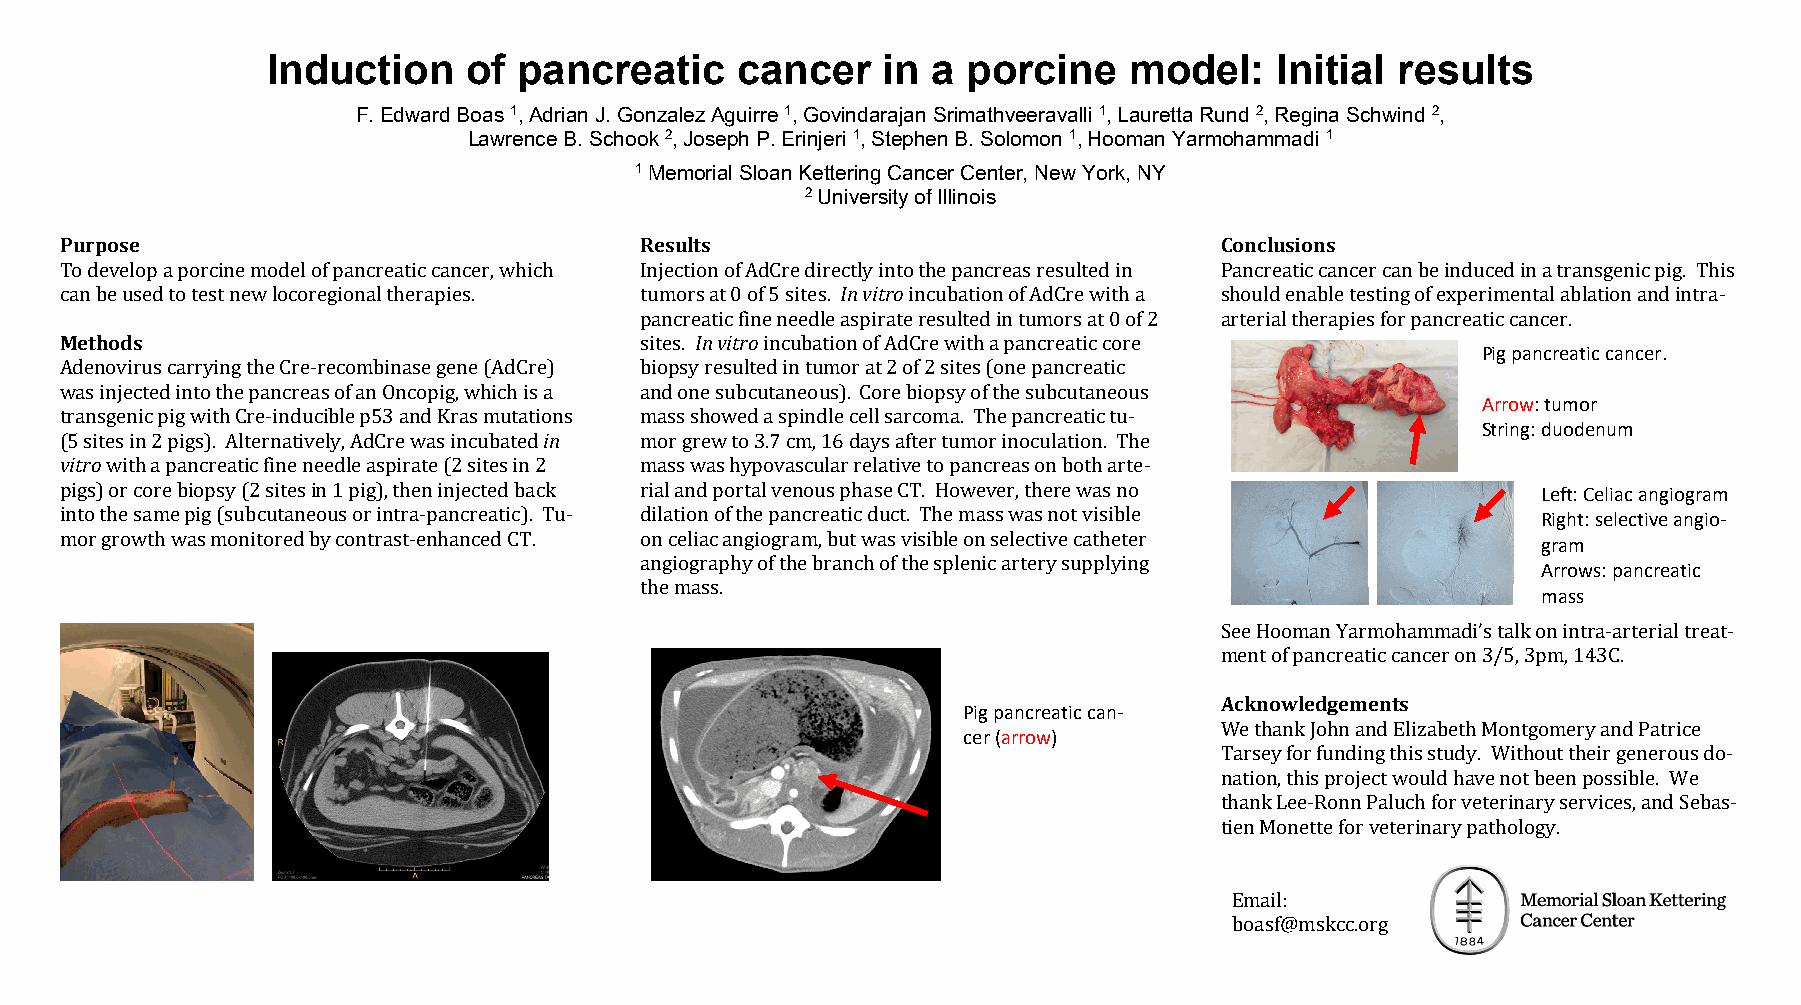
Induction    of pancreatic     cancer   in  a porcine    model:   Initial results
 F. Edward Boas 1, Adrian J. Gonzalez Aguirre 1, Govindarajan Srimathveeravalli 1, Lauretta Rund 2, Regina Schwind 2,
 Lawrence B. Schook 2, Joseph P. Erinjeri 1, Stephen B. Solomon 1, Hooman Yarmohammadi 1
 1 Memorial Sloan Kettering Cancer Center, New York, NY
 2 University of Illinois
 Purpose                               Results                                Conclusions
 To develop a porcine model of pancreatic cancer, which Injection of AdCre directly into the pancreas resulted in Pancreatic cancer can be induced in a transgenic pig. This
 can be used to test new locoregional therapies. tumors at 0 of 5 sites. In vitro incubation of AdCre with a should enable testing of experimental ablation and intra‐
 pancreatic fine needle aspirate resulted in tumors at 0 of 2 arterial therapies for pancreatic cancer.
 Methods                               sites. In vitro incubation of AdCre with a pancreatic core
 Pig pancreatic cancer.
 Adenovirus carrying the Cre‐recombinase gene (AdCre) biopsy resulted in tumor at 2 of 2 sites (one pancreatic
 was injected into the pancreas of an Oncopig, which is a and one subcutaneous). Core biopsy of the subcutaneous
 Arrow: tumor
 transgenic pig with Cre‐inducible p53 and Kras mutations mass showed a spindle cell sarcoma. The pancreatic tu‐
 String: duodenum
 (5 sites in 2 pigs). Alternatively, AdCre was incubated in mor grew to 3.7 cm, 16 days after tumor inoculation. The
 vitro with a pancreatic fine needle aspirate (2 sites in 2 mass was hypovascular relative to pancreas on both arte‐
 pigs) or core biopsy (2 sites in 1 pig), then injected back rial and portal venous phase CT. However, there was no Left: Celiac angiogram
 into the same pig (subcutaneous or intra‐pancreatic). Tu‐ dilation of the pancreatic duct. The mass was not visible Right: selective angio‐
 mor growth was monitored by contrast‐enhanced CT. on celiac angiogram, but was visible on selective catheter
 gram
 angiography of the branch of the splenic artery supplying
 Arrows: pancreatic
 the mass.
 mass
 See Hooman Yarmohammadi’s talk on intra‐arterial treat‐
 ment of pancreatic cancer on 3/5, 3pm, 143C.
 Acknowledgements
 Pig pancreatic can‐
 We thank John and Elizabeth Montgomery and Patrice
 cer (arrow)
 Tarsey for funding this study. Without their generous do‐
 nation, this project would have not been possible. We
 thank Lee‐Ronn Paluch for veterinary services, and Sebas‐
 tien Monette for veterinary pathology.
 Email:
 boasf@mskcc.org